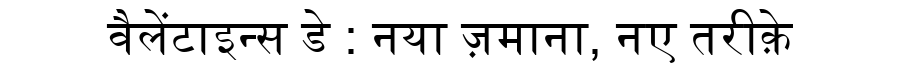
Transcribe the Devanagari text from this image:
वैलेंटाइन्स डे : नया ज़माना, नए तरीक़े